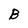
Character: B